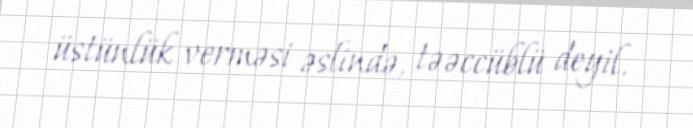
üstünlük verməsi əslində, təəccüblü deyil.